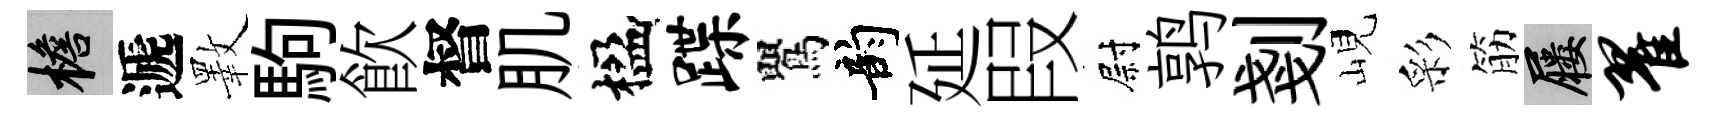
檐遞斁駒飮督肌楹蹀鸎韵延叚尉鹑剗峴彩筋屨翟